Report of the Indian Hemp Drugs Commission, 1894-1895 - Volume IV
Year: 1894
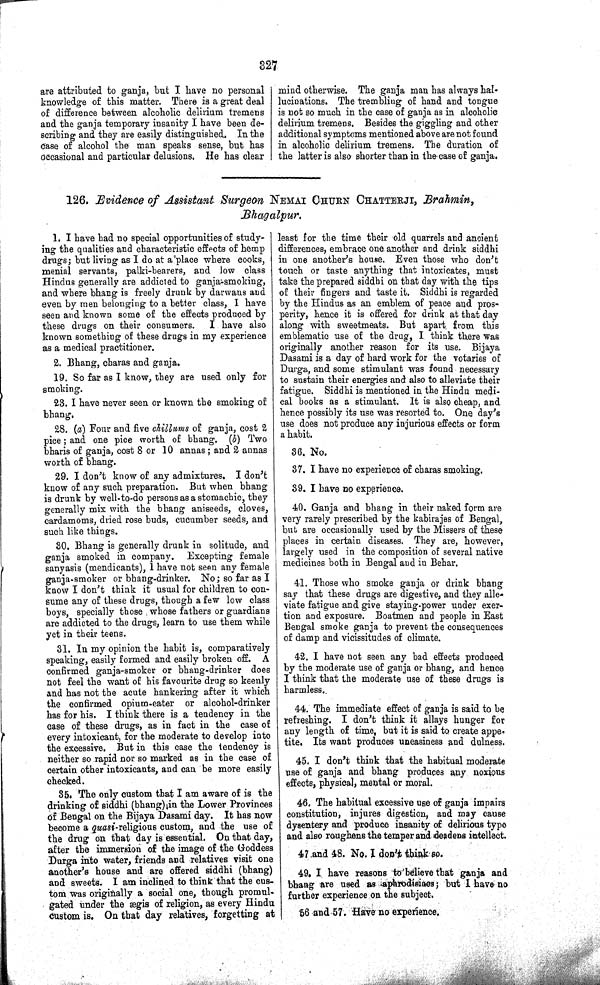
327
are attributed to ganja, but I have no personal
knowledge of this matter. There is a great deal
of difference between alcoholic delirium tremens
and the ganja temporary insanity I have been de-
scribing and they are easily distinguished. In the
case of alcohol the man speaks sense, but has
occasional and particular delusions. He has clear
mind otherwise. The ganja man has always hal-
lucinations. The trembling of hand and tongue
is not so much in the case of ganja as in alcoholic
delirium tremens. Besides the giggling and other
additional symptoms mentioned above are not found
in alcoholic delirium tremens. The duration of
the latter is also shorter than in the case of ganja.
126. Evidence of Assistant Surgeon NEMAI CHURN CHATTERJI, Brahmin,
Bhagalpur.
1. I have had no special opportunities of study-
ing the qualities and characteristic effects of hemp
drugs; but living as I do at a place where cooks,
menial servants, palki-bearers, and low class
Hindus generally are addicted to ganja-smoking,
and where bhang is freely drunk by darwans and
even by men belonging to a better class, I have
seen and known some of the effects produced by
these drugs on their consumers.
I have also
known something of these drugs in my experience
as a medical practitioner.
2. Bhang, charas and ganja.
19. So far as I know, they are used only for
smoking.
23. I have never seen or known the smoking of
bhang.
28. (a) Four and five chillums of ganja, cost 2
pice; and one pice worth of bhang. (b) Two
bharis of ganja, cost 8 or 10 annas; and 2 annas
worth of bhang.
29. I don't know of any admixtures. I don't
know of any such preparation. But when bhang
is drunk by well-to-do persons as a stomachic, they
generally mix with the bhang aniseeds, cloves,
cardamoms, dried rose buds, cucumber seeds, and
such like things.
30. Bhang is generally drunk in solitude, and
ganja smoked in company. Excepting female
sanyasis (mendicants), I have not seen any female
ganja-smoker or bhang-drinker. No; so far as I
know I don't think it usual for children to con-
sume any of these drugs, though a few low class
boys, specially those whose fathers or guardians
are addicted to the drugs, learn to use them while
yet in their teens.
31. In my opinion the habit is, comparatively
speaking, easily formed and easily broken off. A
confirmed ganja-smoker or bhang-drinker does
not feel the want of his favourite drug so keenly
and has not the acute hankering after it which
the confirmed opium-eater or alcohol-drinker
has for his. I think there is a tendency in the
case of these drugs, as in fact in the case of
every intoxicant, for the moderate to develop into
the excessive. But in this case the tendency is
neither so rapid nor so marked as in the case of
certain other intoxicants, and can be more easily
checked.
35. The only custom that I am aware of is the
drinking of siddhi (bhang) in the Lower Provinces
of Bengal on the Bijaya Dasami day. It has now
become a quasi-religious custom, and the use of
the drug on that day is essential. On that day,
after the immersion of the image of the Goddess
Durga into water, friends and relatives visit one
another's house and are offered siddhi (bhang)
and sweets. I am inclined to think that the cus-
tom was originally a social one, though promul-
gated under the ægis of religion, as every Hindu
custom is. On that day relatives, forgetting at
least for the time their old quarrels and ancient
differences, embrace one another and drink siddhi
in one another's house. Even those who don't
touch or taste anything that intoxicates, must
take the prepared siddhi on that day with the tips
of their fingers and taste it. Siddhi is regarded
by the Hindus as an emblem of peace and pros-
perity, hence it is offered for drink at that day
along with sweetmeats. But apart from this
emblematic use of the drug, I think there was
originally another reason for its use. Bijaya
Dasami is a day of hard work for the votaries of
Durga, and some stimulant was found necessary
to sustain their energies and also to alleviate their
fatigue. Siddhi is mentioned in the Hindu medi-
cal books as a stimulant. It is also cheap, and
hence possibly its use was resorted to. One day's
use does not produce any injurious effects or form
a habit.
36. No.
37. I have no experience of charas smoking.
39. I have no experience.
40. Ganja and bhang in their naked form are
very rarely prescribed by the kabirajes of Bengal,
but are occasionally used by the Missers of these
places in certain diseases. They are, however,
largely used in the composition of several native
medicines both in Bengal and in Behar.
41. Those who smoke ganja or drink bhang
say that these drugs are digestive, and they alle-
viate fatigue and give staying-power under exer-
tion and exposure. Boatmen and people in East
Bengal smoke ganja to prevent the consequences
of damp and vicissitudes of climate.
42. I have not seen any bad effects produced
by the moderate use of ganja or bhang, and hence
I think that the moderate use of these drugs is
harmless.
44. The immediate effect of ganja is said to be
refreshing. I don't think it allays hunger for
any length of time, but it is said to create appe-
tite. Its want produces uneasiness and dulness.
45. I don't think that the habitual moderate
use of ganja and bhang produces any noxious
effects, physical, mental or moral.
46. The habitual excessive use of ganja impairs
constitution, injures digestion, and may cause
dysentery and produce insanity of delirious type
and also roughens the temper and deadens intellect.
47.and 48. No. I don't think so.
49. I have reasons to believe that ganja and
bhang are used as aphrodisiaes; but I have no
further experience on the subject.
56 and 57. Have no experience.